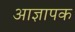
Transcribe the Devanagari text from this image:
आज्ञापक